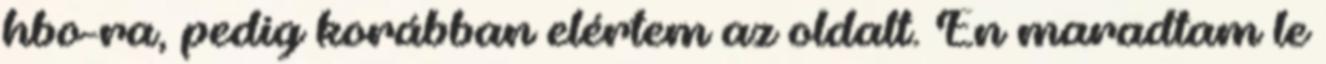
hbo-ra, pedig korábban elértem az oldalt. Én maradtam le